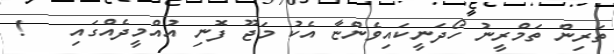
ތަރިން ތަމްރީނު ހޯދަނީކައިވެންޏާ އެކު މަޖޫ ފޮނި އުއްމީދެއްގައި   !